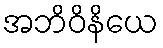
အဘိဝိနိယေ